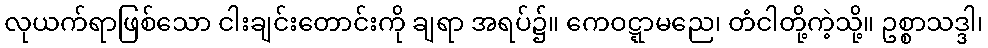
လုယက်ရာဖြစ်သော ငါးချင်းတောင်းကို ချရာ အရပ်၌။ ကေဝဋ္ဋာမညေ၊ တံငါတို့ကဲ့သို့။ ဥစ္စာသဒ္ဒါ၊